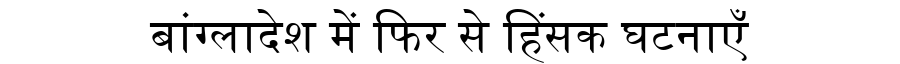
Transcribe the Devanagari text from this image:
बांग्लादेश में फिर से हिंसक घटनाएँ